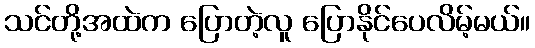
သင်တို့အထဲက ပြောတဲ့လူ ပြောနိုင်ပေလိမ့်မယ်။